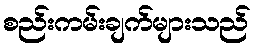
စည်းကမ်းချက်များသည်